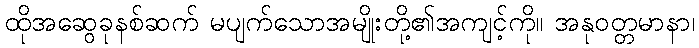
ထိုအဆွေခုနစ်ဆက် မပျက်သောအမျိုးတို့၏အကျင့်ကို။ အနုဝတ္တမာနာ၊